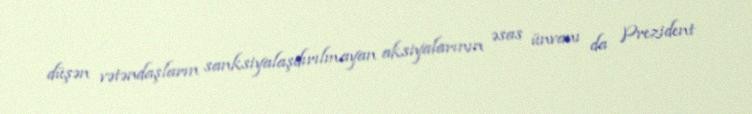
düşən vətəndaşların sanksiyalaşdırılmayan aksiyalarının əsas ünvanı da Prezident